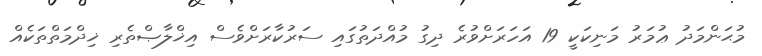
މުޙަންމަދު ޢުމަރު މަނިކަކީ 19 އަހަރަށްވުރެ ދިގު މުއްދަތުގައި ސަރުކާރަށްވެސް އިޚްލާޞްތެރި ޚިދްމަތްތަކެއް